Cholera in India, 1862 to 1881
Year: 1862
Disease focus: Cholera
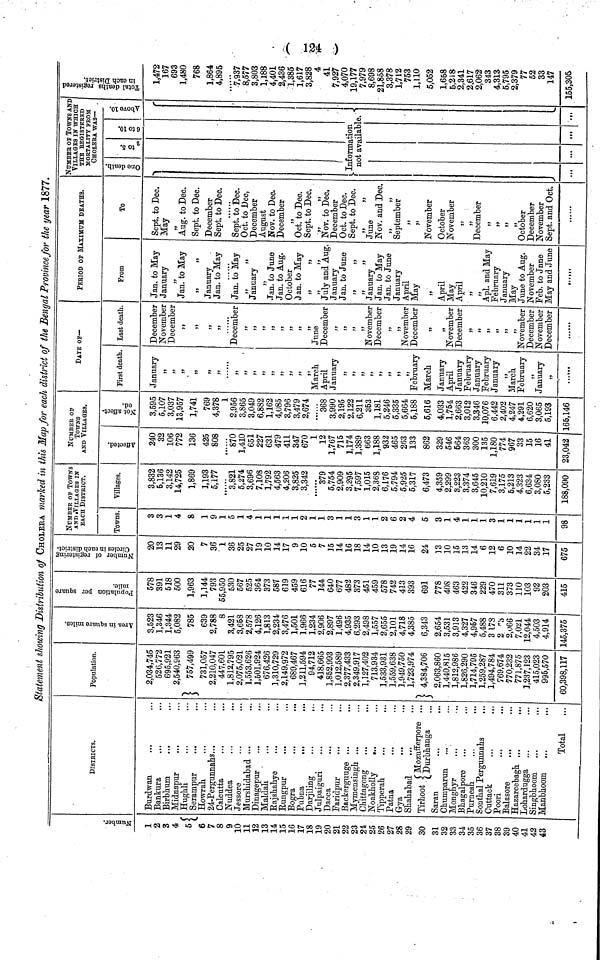
124-
Statement showing Distribution of CHOLERA marked in this Map for each district of the Bengal Province for the year 1877.
—
-
Number
1
2
3
4
5
6
7
8
9
10
11
12
13
14
15
16
17
18
19
20
21
22
23
24
25
26
27
28
29
30
31
32
33
34
35
36
37
38
39
40
41
42
43
DlSTRICTS.
Burdwan
Bankura
Birbhum
Midnapur
Hughli
Serampur
Howrah.
24-Pergunnalis ..
Calcutta
Nuddea
Jessore
Murhidabad ..
Dinagepur
Maldah
Rajshahye
Rungpur
Bogra
Pubna
..
Darjiling
Julpaiguri
Dacca
Faridpur
Backerguuge
Mymensingh
Chittagong
Noakholly
.
Tipperah
Patna
Gya
..
..;
Shahabad
Tirhoot Mozufferpore ...
(.Durbhanga
Saran
Chumparun
Monghyr
Bhagalpore
Purneah
...
...
Sonthal Pergunnahs
. . ,
Cuttack
Poori
Balasore
...
Hazareebagh ...
Lohardugga
Singbhoom
...
,,.
Manbhoom
...
Total
Population.
2,034,745
526,772
695,921
2,540,963
757,499
731,057
2,210,047
447,601
1,812,795
2,075,021
1,553,626
1,501,924
676,426
1,310,729
2,149,972
689,467
1,211,594
94,712
418,665
1,852,993
1,012,589
2,377,433
2,349,917
1,127,402
713,934
1,533,931
1,559,638
1,949,750
1,723,974
4,384,706
2,063,860
1,440,815
1,812,986
1,826,290
1,714,795
1,259,287
1,494,784
769,674
770,232
771,875
1,237,123
415,023
995,570
60,398,117
Arwa in squer mile
3,523
1,346
1,344
5,082
785
639
2,788
8
3,421
3,658
2,578
4,126
1,813
2,234
3,476
1,501
1,966
1,234
2,906
2,897
1,496
4',935
6,293
2,498
1,557
2,655
2,101
4,718
4,385
6 343
2,654
3,531
3,913
4,327
4,957
5,488
3 178
2 "3
2,066
7,021
12,044
4,503
4,914
145,375
Population per squer mile
578
391
518
500
1,963
1,144
793
55,950
530
567
525
364
373
587
619
459
616
77
144
640
677
482
373
451
459
578
742
413
393
691
778
408
463
422
346
229
470
311
373
110
103
92
203
415
Number of Registration Circles in each district
20
13
11
29
20
7
36
1
36
25
27
19
10
14
17
9
10
5
7
35
14
16
18
14
10
13
19
14
16
24
13
10
15
13
14
6
12
6
10
14
22
34
17
675
NUMBER OF TOWNS
AND VILLAGES IN
EACH DlSTRICT.
Towns.
3
3
1
4
8
1
9
1
5
1
4
1
1
1
i
2
1
1
3
1
1
3
1
1
2
6
2
4
5
3
1
4
1
1
1
3
1
1
1
1
1
1
98
Villages.
3,832
&,136
3,142
14,725
1,869
1,193
5,177
3,821
5,274
3,696
7,108
1,792
4,563
4,206
3,825
3,342
379
5,754
2,909
3.295
7,597
1,015
2,368
6,176
5,794
5,925
5,317
6,473
4,359
2,299
3,223
3,374
3,645
10,210
7,619
3,175
5,213
4,323
6,634
3,080
5,233
188,090
NUMBER OF
TOWNS
AND VILLAGES.
Affored
240
32
106
772
136
425
808
870
1,410
651
227
631
479
411
347
670
1
12
1,767
715
1,174
1,389
663
1,188
932
465
263
133
862
329
546
564
363
300
135
1,180
774
967
33
15
16
41
23,042
Not affected
3,595
5,107
3,037
13,957
1,741
769
4,378
1
2,956
3,865
3,049
6,882
1,162
4,085
3,796
3,479
2,674
......
368
3,990
2,195
2',122
6,211
353
1,181
5,246
5,335
5,664
5,188
5 616
5,616
4,033
1,754
2,663
3,012
3,346
10,076
6,442
2,402
4,247
4,291
6,620
3,065
5,193
165,146
DATE Of-
First death.
January
,,
„
,,.
,,
,,
„
. . ...
,3
33
,,
„
,,
3>
,,
,,
,,
March
April
January
,,
,,
„
,,
,,
,,
,,
,,
February
March
January
April
January
February
January
February
January
,,
March.
February
5J
January
,,
Last death.
December
November
December
,,
,,
»>
,,
..........
December
,,
,,
,,
3)
>}
IS
99
99
June
December
,,
99
93
November
December
99
3>
November
December
,,
99
November
December
39
,,
9,
99
,,
93
November
December
November
December
PERIOD OF MAXIMUM DEATHS.
From
Jan, to May
January
,,
Jan. to May
,,
,,
January-
Jan. to May
Jan. to May
,,
,,3
January
,,
Jan. to June
Jan. to Aug.
October
Jan. to May
,,
,,
,,
,,
July and Aug.
January-
Jan, to June
,,
,,
January
Jan. to May
Jan. to June
January
April
May
,,
April
May
April
,,
,,
Apl. and May
February
January
May
June to Aug.
November
Feb. to Jnne
May and June
.......
To
Sept. to Dec.
May
9,
Aug. to Dec.
Sept. to Dec.
December
Sept. to Dec.
.....................
Sept. to Dec.
Oct. to Dec,
December
August
Nov. to Dec.
December
99
Oct. to Dec.
Sept. to Dec.
,,
,,
Nov. to Dec,
December
Oct. to Dec.
Sept. to Dec.
,,
,,
June
Nov. and Dec.
,,
,,
September
99
,,
November
October
November
9
9
December
9
9
9
9
October
December
November
Sept. and Oct.
NUMBer OF TOWNS AN:
VILLAGES IN WHICH
THE REGISTERED
MORTALITY FROM
CHOLERA WAS—
One Death
/
2to 5 6 to 10 Above10
Information
Not
available
not available.
Total death
in each Dist
1,472
167
693
1,480
768
1,864
4,895
7,937
8,577
3,803
1,188
4,401
2,436
1,385
1,617
3,828
4
41
7,927
4,070
19,177
7,979
8,698
21,858
3,378
1,712
753
1,110
5,052
1,658
5,218
2,341
2,617
2,062
343
4,313
5,795
2,379
77
52
33
147
155,305